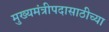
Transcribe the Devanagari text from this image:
मुख्यमंत्रीपदासाठीच्या